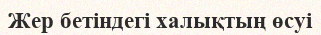
Жер бетіндегі халықтың өсуі